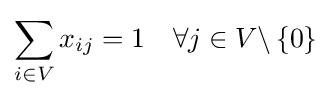
\sum _{i\in V}x_{ij}=1\quad \forall j\in V\backslash \left\{0\right\}